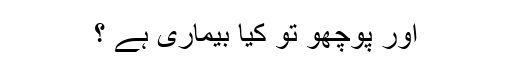
اور پوچھو تو کیا بیماری ہے ؟